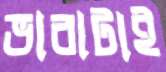
ভাবাটাই